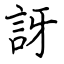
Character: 訝